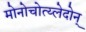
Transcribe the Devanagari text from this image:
मोनोचोत्य्लेदोन्